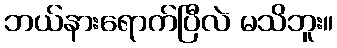
ဘယ်နားရောက်ပြီလဲ မသိဘူး။